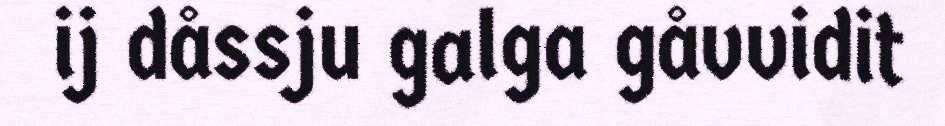
ij dåssju galga gåvvidit